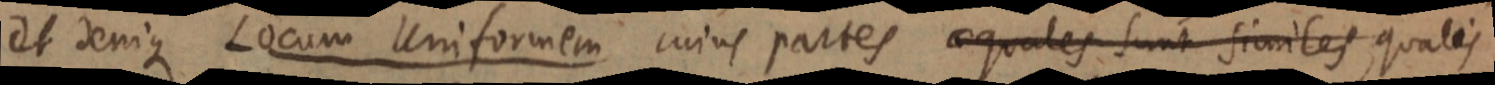
et denique Locum Uniformem cuius partes aequales sunt similes qualis